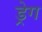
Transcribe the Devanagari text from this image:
ड्रेग